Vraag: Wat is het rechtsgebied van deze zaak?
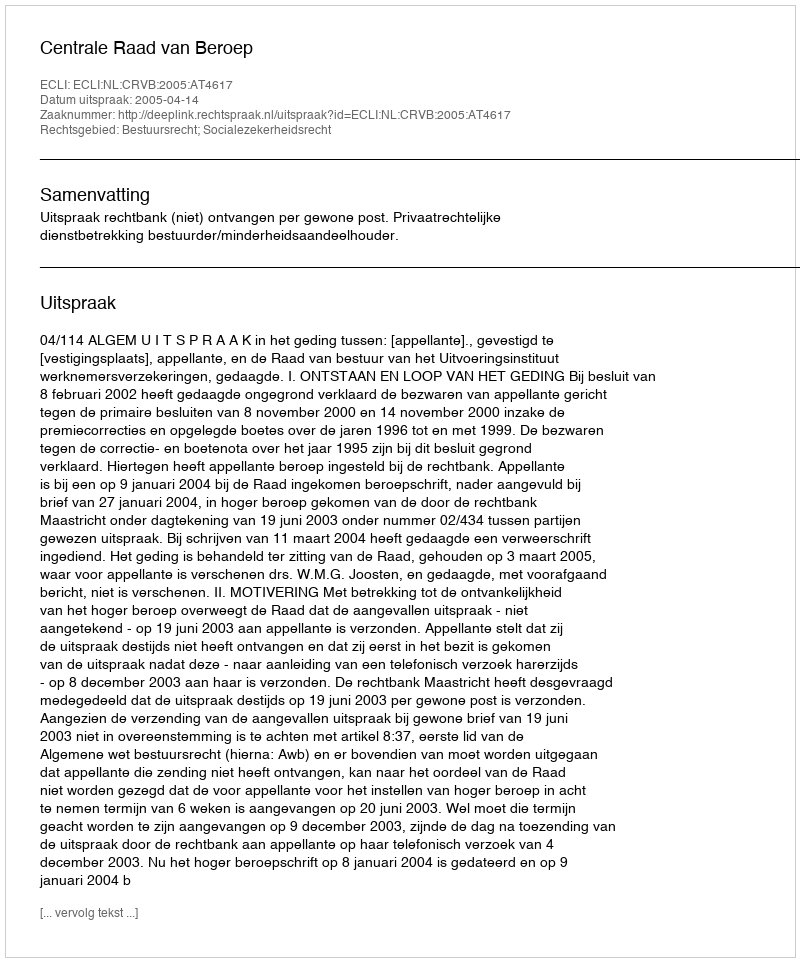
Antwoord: Bestuursrecht; Socialezekerheidsrecht